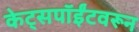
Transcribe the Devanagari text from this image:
केट्सपॉईंटवरून